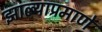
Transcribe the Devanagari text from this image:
झाल्याप्रमाणे